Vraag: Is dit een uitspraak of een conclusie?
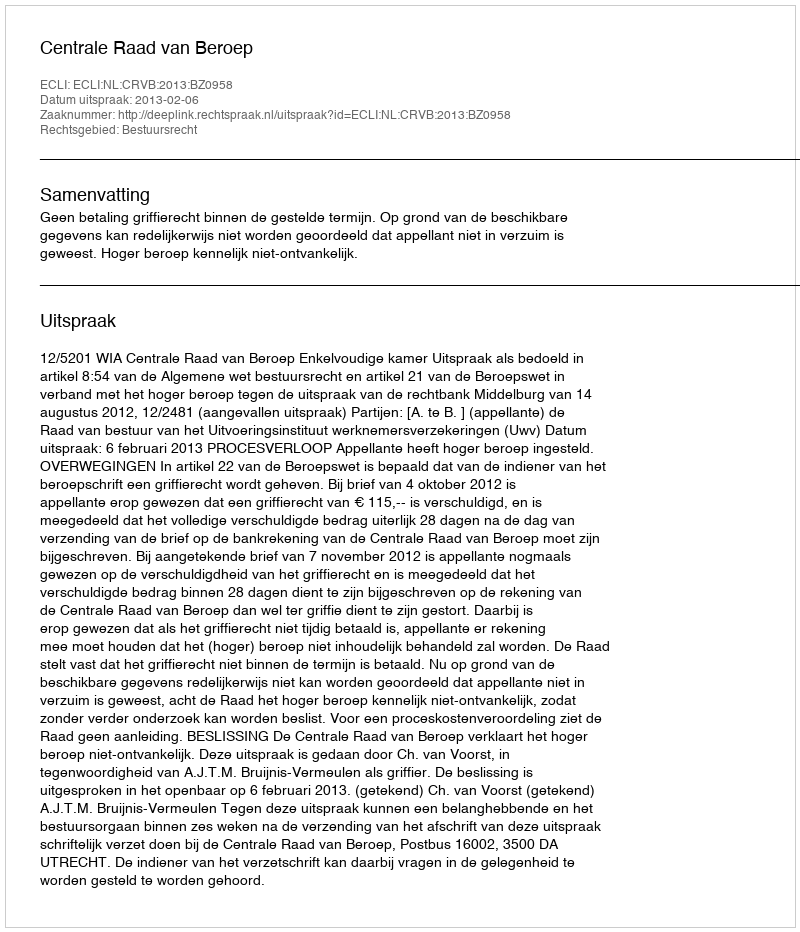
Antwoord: Uitspraak